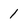
Character: 1